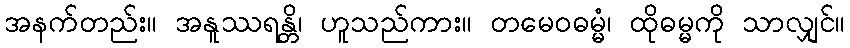
အနက်တည်း။ အနူဿရန္တိ၊ ဟူသည်ကား။ တမေဝဓမ္မံ၊ ထိုဓမ္မကို သာလျှင်။